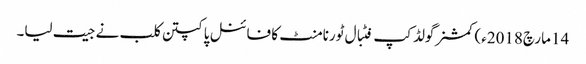
14 مارچ2018ء) کمشنرگولڈ کپ فٹبال ٹورنامنٹ کا فائنل پاکپتن کلب نے جیت لیا۔